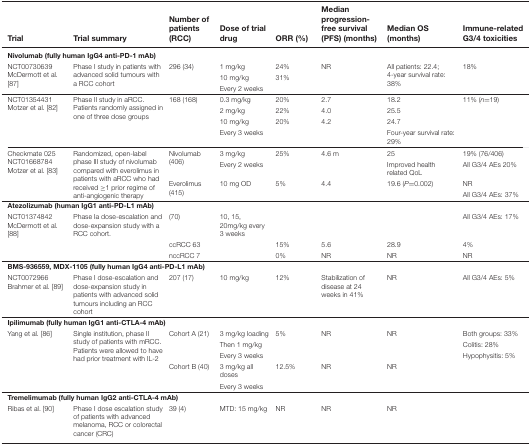
<table><thead><tr><td><b>Trial</b></td><td><b>Trial summary</b></td><td><b>Number of patients (RCC)</b></td><td><b>Dose of trial drug</b></td><td><b>ORR (%)</b></td><td><b>Median progression- free survival (PFS) (months)</b></td><td><b>Median OS (months)</b></td><td><b>Immune-related G3/4 toxicities</b></td></tr></thead><tbody><tr><td colspan="8"><b>Nivolumab (fully human IgG4 anti-PD-1 mAb)</b></td></tr><tr><td rowspan="3">NCT00730639 McDermott et al. [87]</td><td rowspan="3">Phase I study in patients with advanced solid tumours with a RCC cohort</td><td rowspan="3">296 (34)</td><td>1 mg/kg</td><td>24%</td><td rowspan="2">NR</td><td rowspan="2">All patients: 22.4; 4-year survival rate: 38%</td><td rowspan="2">18%</td></tr><tr><td>10 mg/kg</td><td>31%</td></tr><tr><td>Every 2 weeks</td><td></td><td></td><td></td><td></td></tr><tr><td rowspan="4">NCT01354431 Motzer et al. [82]</td><td rowspan="4">Phase II study in aRCC. Patients randomly assigned in one of three dose groups</td><td rowspan="4">168 (168)</td><td>0.3 mg/kg</td><td>20%</td><td>2.7</td><td>18.2</td><td rowspan="4">11% (<i>n</i>=19)</td></tr><tr><td>2 mg/kg</td><td>22%</td><td>4.0</td><td>25.5</td></tr><tr><td>10 mg/kg</td><td>20%</td><td>4.2</td><td>24.7</td></tr><tr><td>Every 3 weeks</td><td></td><td></td><td>Four-year survival rate: 29%</td></tr><tr><td rowspan="4">Checkmate 025 NCT01668784 Motzer et al. [83]</td><td rowspan="4">Randomized, open-label phase III study of nivolumab compared with everolimus in patients with aRCC who had received ≥1 prior regime of anti-angiogenic therapy</td><td rowspan="2">Nivolumab (406)</td><td>3 mg/kg</td><td>25%</td><td>4.6 m</td><td>25</td><td>19% (76/406)</td></tr><tr><td>Every 2 weeks</td><td></td><td></td><td>Improved health related QoL</td><td>All G3/4 AEs 20%</td></tr><tr><td rowspan="2">Everolimus (415)</td><td>10 mg OD</td><td>5%</td><td>4.4</td><td>19.6 (<i>P</i>=0.002)</td><td>NR</td></tr><tr><td></td><td></td><td></td><td></td><td>All G3/4 AEs: 37%</td></tr><tr><td colspan="8"><b>Atezolizumab (human IgG1 anti-PD-L1 mAb)</b></td></tr><tr><td rowspan="3">NCT01374842 McDermott et al. [88]</td><td rowspan="3">Phase Ia dose-escalation and dose-expansion study with a RCC cohort.</td><td>(70)</td><td>10, 15, 20mg/kg every 3 weeks</td><td></td><td></td><td></td><td>All G3/4 AEs: 17%</td></tr><tr><td>ccRCC 63</td><td></td><td>15%</td><td>5.6</td><td>28.9</td><td>4%</td></tr><tr><td>nccRCC 7</td><td></td><td>0%</td><td>NR</td><td>NR</td><td>NR</td></tr><tr><td colspan="8"><b>BMS-936559, MDX-1105 (fully human IgG4 anti-PD-L1 mAb)</b></td></tr><tr><td>NCT0072966 Brahmer et al. [89]</td><td>Phase I dose-escalation and dose-expansion study in patients with advanced solid tumours including an RCC cohort</td><td>207 (17)</td><td>10 mg/kg</td><td>12%</td><td>Stabilization of disease at 24 weeks in 41%</td><td>NR</td><td>All G3/4 AEs: 5%</td></tr><tr><td colspan="8"><b>Ipilimumab (fully human IgG1 anti-CTLA-4 mAb)</b></td></tr><tr><td rowspan="5">Yang et al. [86]</td><td rowspan="5">Single institution, phase II study of patients with mRCC. Patients were allowed to have had prior treatment with IL-2</td><td rowspan="3">Cohort A (21)</td><td>3 mg/kg loading</td><td>5%</td><td>NR</td><td>NR</td><td>Both groups: 33%</td></tr><tr><td>Then 1 mg/kg</td><td></td><td></td><td></td><td>Colitis: 28%</td></tr><tr><td>Every 3 weeks</td><td></td><td></td><td></td><td>Hypophysitis: 5%</td></tr><tr><td rowspan="2">Cohort B (40)</td><td>3 mg/kg all doses</td><td>12.5%</td><td>NR</td><td>NR</td><td></td></tr><tr><td>Every 3 weeks</td><td></td><td></td><td></td><td></td></tr><tr><td colspan="8"><b>Tremelimumab (fully human IgG2 anti-CTLA-4 mAb)</b></td></tr><tr><td>Ribas et al. [90]</td><td>Phase I dose escalation study of patients with advanced melanoma, RCC or colorectal cancer (CRC)</td><td>39 (4)</td><td>MTD: 15 mg/kg</td><td>NR</td><td>NR</td><td>NR</td><td></td></tr></tbody></table>